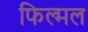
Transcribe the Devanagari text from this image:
फिल्मल